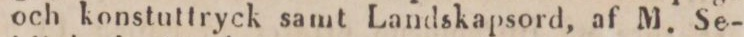
och konstuttryck samt Landskapsord, af M. Se-